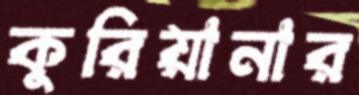
কুরিয়ানার